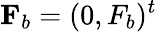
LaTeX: \mathbf{F}_{b}=(0,F_{b})^{t}